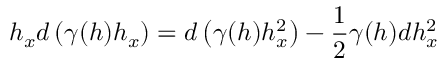
h _ { x } d \left( \gamma ( h ) h _ { x } \right) = d \left( \gamma ( h ) h _ { x } ^ { 2 } \right) - \frac { 1 } { 2 } \gamma ( h ) d h _ { x } ^ { 2 }